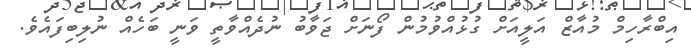
އިބްރާހިމް މުއާޒް އަލީއަށް ގުޅުއްވުމުން ފޯނަށް ޖަވާބު ނުދެއްވާތީ ވަނީ ބަހެއް ނުލިބިފައެވެ.